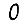
Digit: 0